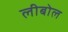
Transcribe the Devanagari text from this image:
लीबोल